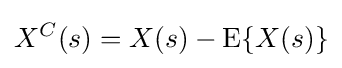
X^{C}(s)=X(s)-\mathrm {E} \{X(s)\}